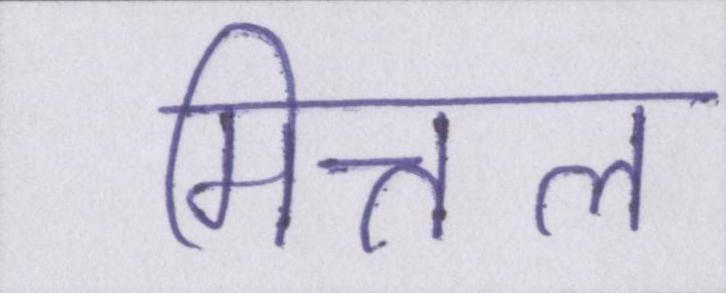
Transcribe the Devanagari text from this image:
मित्तल